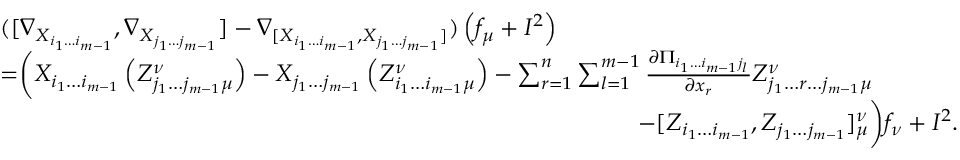
\begin{array} { r l } & { ( [ \nabla _ { X _ { i _ { 1 } \dotsc i _ { m - 1 } } } , \nabla _ { X _ { j _ { 1 } \dotsc j _ { m - 1 } } } ] - \nabla _ { [ X _ { i _ { 1 } \dotsc i _ { m - 1 } } , X _ { j _ { 1 } \dotsc j _ { m - 1 } } ] } ) \left( f _ { \mu } + I ^ { 2 } \right) } \\ & { = \biggr ( X _ { i _ { 1 } \dotsc i _ { m - 1 } } \left( Z _ { j _ { 1 } \dotsc j _ { m - 1 } \mu } ^ { \nu } \right) - X _ { j _ { 1 } \dotsc j _ { m - 1 } } \left( Z _ { i _ { 1 } \dotsc i _ { m - 1 } \mu } ^ { \nu } \right) - \sum _ { r = 1 } ^ { n } \sum _ { l = 1 } ^ { m - 1 } \frac { \partial \Pi _ { i _ { 1 } \dotsc i _ { m - 1 } j _ { l } } } { \partial x _ { r } } Z _ { j _ { 1 } \dotsc r \dotsc j _ { m - 1 } \mu } ^ { \nu } } \\ & { \ \ \ \ \ \ \ \ \ \ \ \ \ \ \ \ \ \ \ \ \ \ \ \ \ \ \ \ \ \ \ \ \ \ \ \ \ \ \ \ \ \ \ \ \ \ \ \ \ \ \ \ \ \ \ \ \ \ \ \ \ \ \ \ \ \ \ \ \ \ \ \ \ \ \ \ \ \ \ \ - [ Z _ { i _ { 1 } \dotsc i _ { m - 1 } } , Z _ { j _ { 1 } \dotsc j _ { m - 1 } } ] _ { \mu } ^ { \nu } \biggl ) f _ { \nu } + I ^ { 2 } . } \end{array}